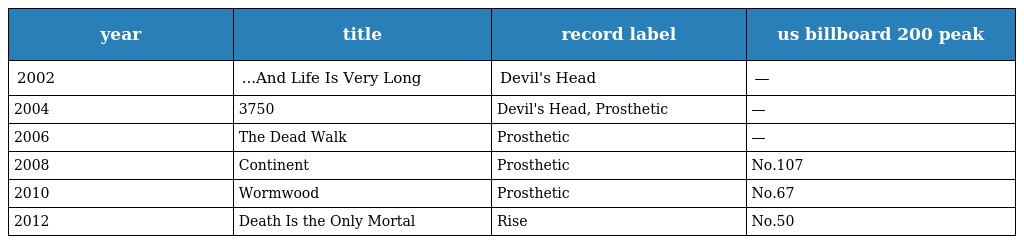
| year | title | record label | us billboard 200 peak |
 | --- | --- | --- | --- |
 | 2002 | ...And Life Is Very Long | Devil's Head | — |
 | 2004 | 3750 | Devil's Head, Prosthetic | — |
 | 2006 | The Dead Walk | Prosthetic | — |
 | 2008 | Continent | Prosthetic | No.107 |
 | 2010 | Wormwood | Prosthetic | No.67 |
 | 2012 | Death Is the Only Mortal | Rise | No.50 |